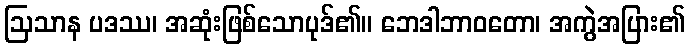
ဩသာန ပဒဿ၊ အဆုံးဖြစ်သောပုဒ်၏။ ဘေဒါဘာဝတော၊ အကွဲအပြား၏